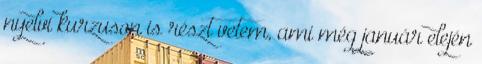
nyelvi kurzuson is részt vetem, ami még január elején